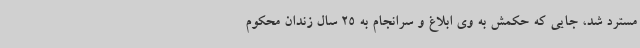
مسترد شد، جایی که حکمش به وی ابلاغ و سرانجام به 25 سال زندان محکوم